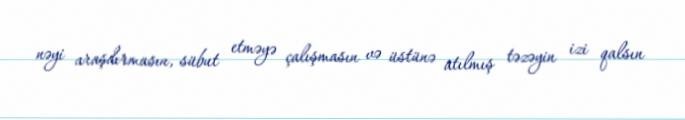
nəyi araşdırmasın, sübut etməyə çalışmasın və üstünə atılmış təzəyin izi qalsın